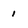
Character: 1